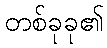
တစ်ခုခု၏